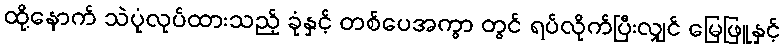
ထို့နောက် သဲပုံလုပ်ထားသည့် ခုံနှင့် တစ်ပေအကွာ တွင် ရပ်လိုက်ပြီးလျှင် မြေဖြူနှင့်